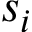
s _ { i }